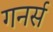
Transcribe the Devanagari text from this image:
गनर्स